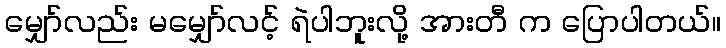
မျှော်လည်း မမျှော်လင့် ရဲပါဘူးလို့ အားတီ က ပြောပါတယ်။